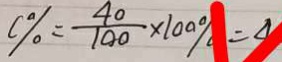
C \% = \frac { 4 0 } { 1 0 0 } \times 1 0 0 \% = 4